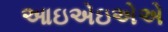
આઇએઇએએ